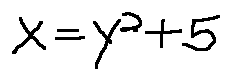
x = y ^ { 2 } + 5